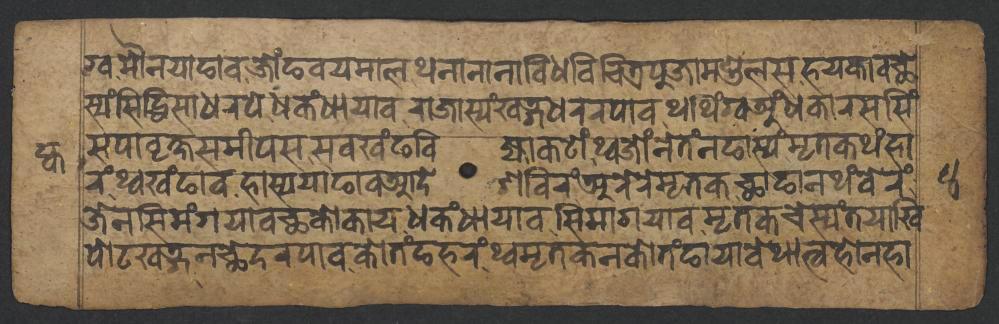
𑐐𑑂𑐰,𑐩𑑁𑐣𑐫𑐵𑐒𑐵𑐰𑐌𑑄𑐒𑐰𑐫𑐩𑐵𑐮,𑐠𑐣𑐵𑐣𑐵𑐣𑐵𑐰𑐶𑐢𑐰𑐶𑐔𑐶𑐟𑑂𑐬𑐥𑐸𑐖𑐵𑐩𑐞𑑂𑐜𑐮𑐳𑐴𑐫𑐎𑐵𑐰𑐕𑐾 𑐳𑑂𑐫𑑄𑐳𑐶𑐡𑑂𑐢𑐶𑐳𑐵𑐢𑐬𑐥𑐾𑐢𑐎𑑄𑐢𑐵𑐫𑐵𑐰𑐬𑐵𑐖𑐵𑐳𑑂𑐫𑑄𑐏𑐜𑑂𑐐𑐢𑐬𑐬𑐥𑐵𑐰𑐠𑐠𑐶𑑄𑐐𑑂𑐰𑐀𑑄𑐢𑐎𑐵𑐬𑐳𑐳𑐶𑑄 𑐳𑐥𑐵𑐰𑐺𑐎𑑂𑐲𑐳𑐩𑐷𑐥𑐳𑐳𑐰𑐏𑑄𑐒𑐧𑐶𑐖𑑂𑐫𑐵𑐎𑐚𑑀𑑄,𑐠𑑂𑐰𑐖𑑀𑑄𑐣𑐾𑐟𑐾𑑄𑐣𑐒𑐵𑐳𑑂𑐫𑑄𑐩𑐺𑐟𑐎𑐠𑑄𑐴𑐵 𑐬𑑄𑐠𑑂𑐰𑐏𑑄𑐒𑐵𑐰𑐴𑐵𑐳𑑂𑐫𑐫𑐵𑐒𑐵𑐰𑐁𑐡𑐾𑐱𑐧𑐶𑐬𑑄𑐀𑐬𑐾𑐬𑐾𑐩𑐺𑐟𑐎𑐕𑐵𑐒𑐵𑐣𑐠𑑄𑐧𑐾𑐬𑑄 𑐖𑐾𑐣𑐳𑐶𑐩𑑄𑐐𑐫𑐵𑐰𑐕𑐎𑑀𑐎𑐵𑐫𑐢𑐎𑑄𑐢𑐵𑐫𑐵𑐰𑐳𑐶𑐩𑐵𑐐𑐫𑐵𑐰𑐩𑐺𑐟𑐎𑐔𑐾𑐳𑑂𑐫𑑄𑐟𑐫𑐵𑐏𑐶 𑐥𑑀𑐚𑐏𑐜𑑂𑐐𑐣𑐕𑐾𑐡𑐬𑐥𑐵𑐰𑐎𑑀𑐟𑑄𑐒𑐴𑐬𑑄𑐠𑑂𑐰𑐩𑐺𑐟𑐎𑐣𑐎𑑀𑐟𑑄𑐒𑐵𑐫𑐵𑐰𑐾𑐠𑐵𑐟𑑂𑐰𑐴𑑀𑐣𑐴𑐵